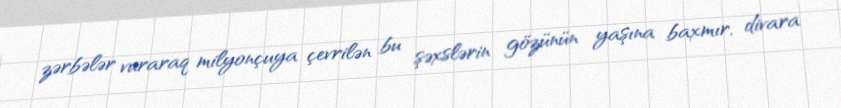
zərbələr vuraraq milyonçuya çevrilən bu şəxslərin gözünün yaşına baxmır, divara